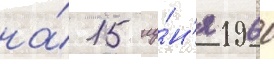
на́ 15 иу́н'я 1960